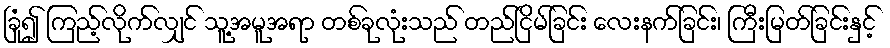
ခြုံ၍ ကြည့်လိုက်လျှင် သူ့အမူအရာ တစ်ခုလုံးသည် တည်ငြိမ်ခြင်း လေးနက်ခြင်း၊ ကြီးမြတ်ခြင်းနှင့်